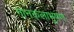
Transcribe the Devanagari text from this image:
गानकलाभूषण